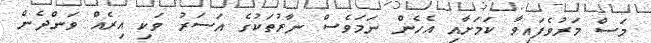
މަސް މަރުވެފައިވާ ކަމަށާއި އެހެން ނަމަވެސް ނާރުތަކުގެ އަސަރު ވަކި އިރެއް ވަންދެން